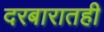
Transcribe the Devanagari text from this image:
दरबारातही